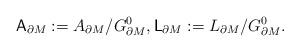
LaTeX: \begin{align*}\mathsf{A}_{\partial M} :=A_{\partial M}/G_{\partial M}^0,\mathsf{L}_{\partial M} :=L_{\partial M}/G_{\partial M}^0.\end{align*}